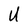
Character: U